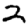
Digit: 2